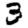
Digit: 3